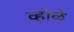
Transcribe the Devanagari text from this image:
व्होळे